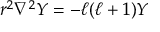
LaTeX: r ^ { 2 } \nabla ^ { 2 } Y = - \ell ( \ell + 1 ) Y